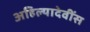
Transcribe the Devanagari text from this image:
अहिल्यादेवींस